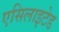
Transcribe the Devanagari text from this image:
एसिलाइटेड